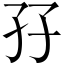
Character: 孖